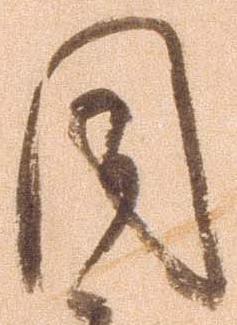
同